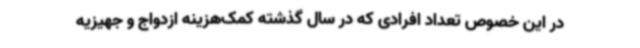
در این خصوص تعداد افرادی که در سال گذشته کمک‌هزینه ازدواج و جهیزیه